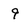
Character: 9